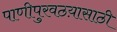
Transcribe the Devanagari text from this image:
पाणीपुरवठय़ासाठी